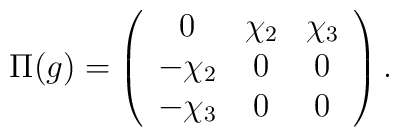
\Pi(g) = \left( \begin{array}{ccc}                 0       & \chi_2 & \chi_3 \\                 -\chi_2 & 0      & 0 \\                 -\chi_3 & 0      & 0                \end{array} \right).